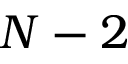
N - 2